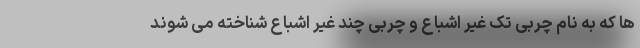
ها که به نام چربی تک غیر اشباع و چربی چند غیر اشباع شناخته می شوند